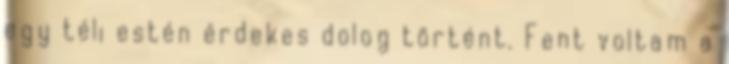
egy téli estén érdekes dolog történt. Fent voltam a